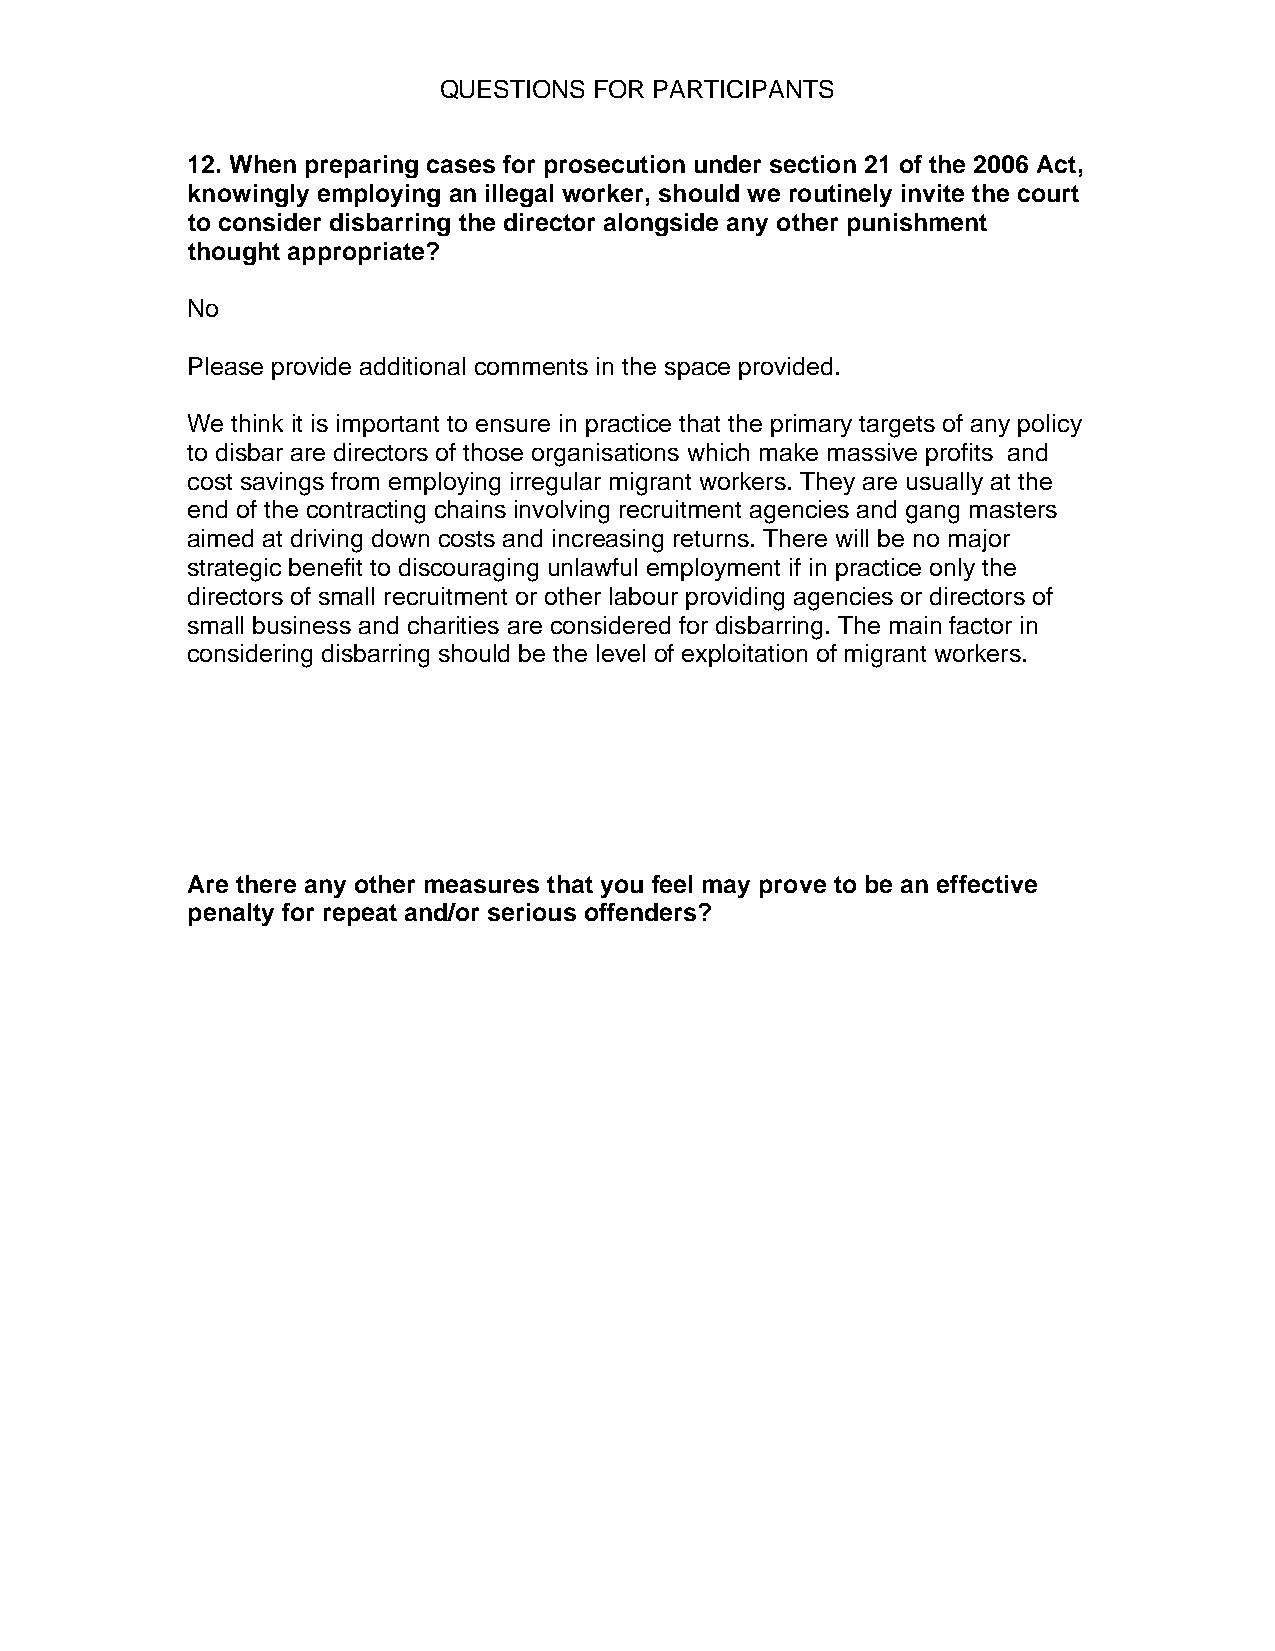
QUESTIONS FOR PARTICIPANTS
 12. When preparing cases for prosecution under section 21 of the 2006 Act,
 knowingly employing an illegal worker, should we routinely invite the court
 to consider disbarring the director alongside any other punishment
 thought appropriate?
 No
 Please provide additional comments in the space provided.
 We think it is important to ensure in practice that the primary targets of any policy
 to disbar are directors of those organisations which make massive profits and
 cost savings from employing irregular migrant workers. They are usually at the
 end of the contracting chains involving recruitment agencies and gang masters
 aimed at driving down costs and increasing returns. There will be no major
 strategic benefit to discouraging unlawful employment if in practice only the
 directors of small recruitment or other labour providing agencies or directors of
 small business and charities are considered for disbarring. The main factor in
 considering disbarring should be the level of exploitation of migrant workers.
 Are there any other measures that you feel may prove to be an effective
 penalty for repeat and/or serious offenders?